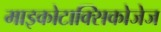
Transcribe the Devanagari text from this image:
माइकोटाक्सिकोजेज